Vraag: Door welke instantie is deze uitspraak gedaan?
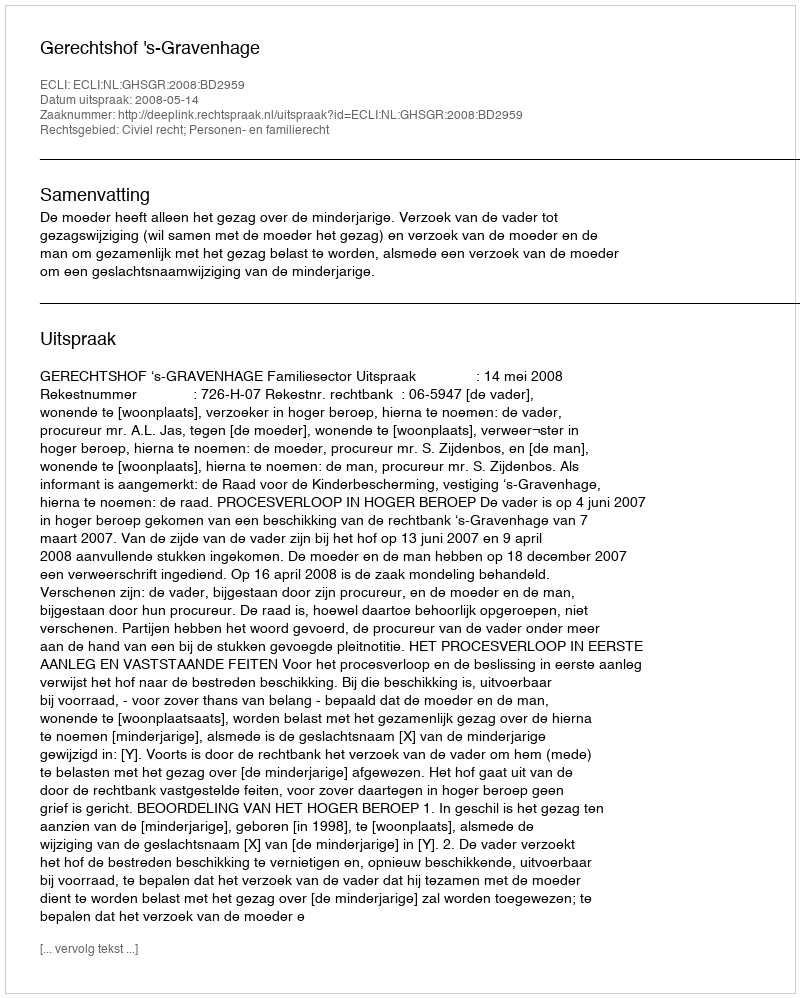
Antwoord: Gerechtshof 's-Gravenhage